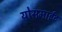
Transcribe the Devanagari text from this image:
योसमाईट